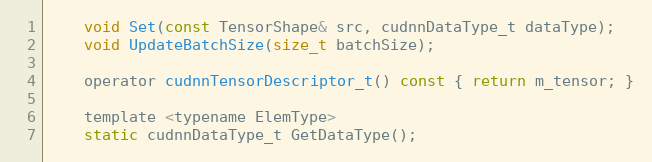
Language: C
    void Set(const TensorShape& src, cudnnDataType_t dataType);
    void UpdateBatchSize(size_t batchSize);

    operator cudnnTensorDescriptor_t() const { return m_tensor; }

    template <typename ElemType>
    static cudnnDataType_t GetDataType();